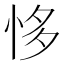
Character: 恀